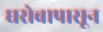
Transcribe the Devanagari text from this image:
घरोबापासून